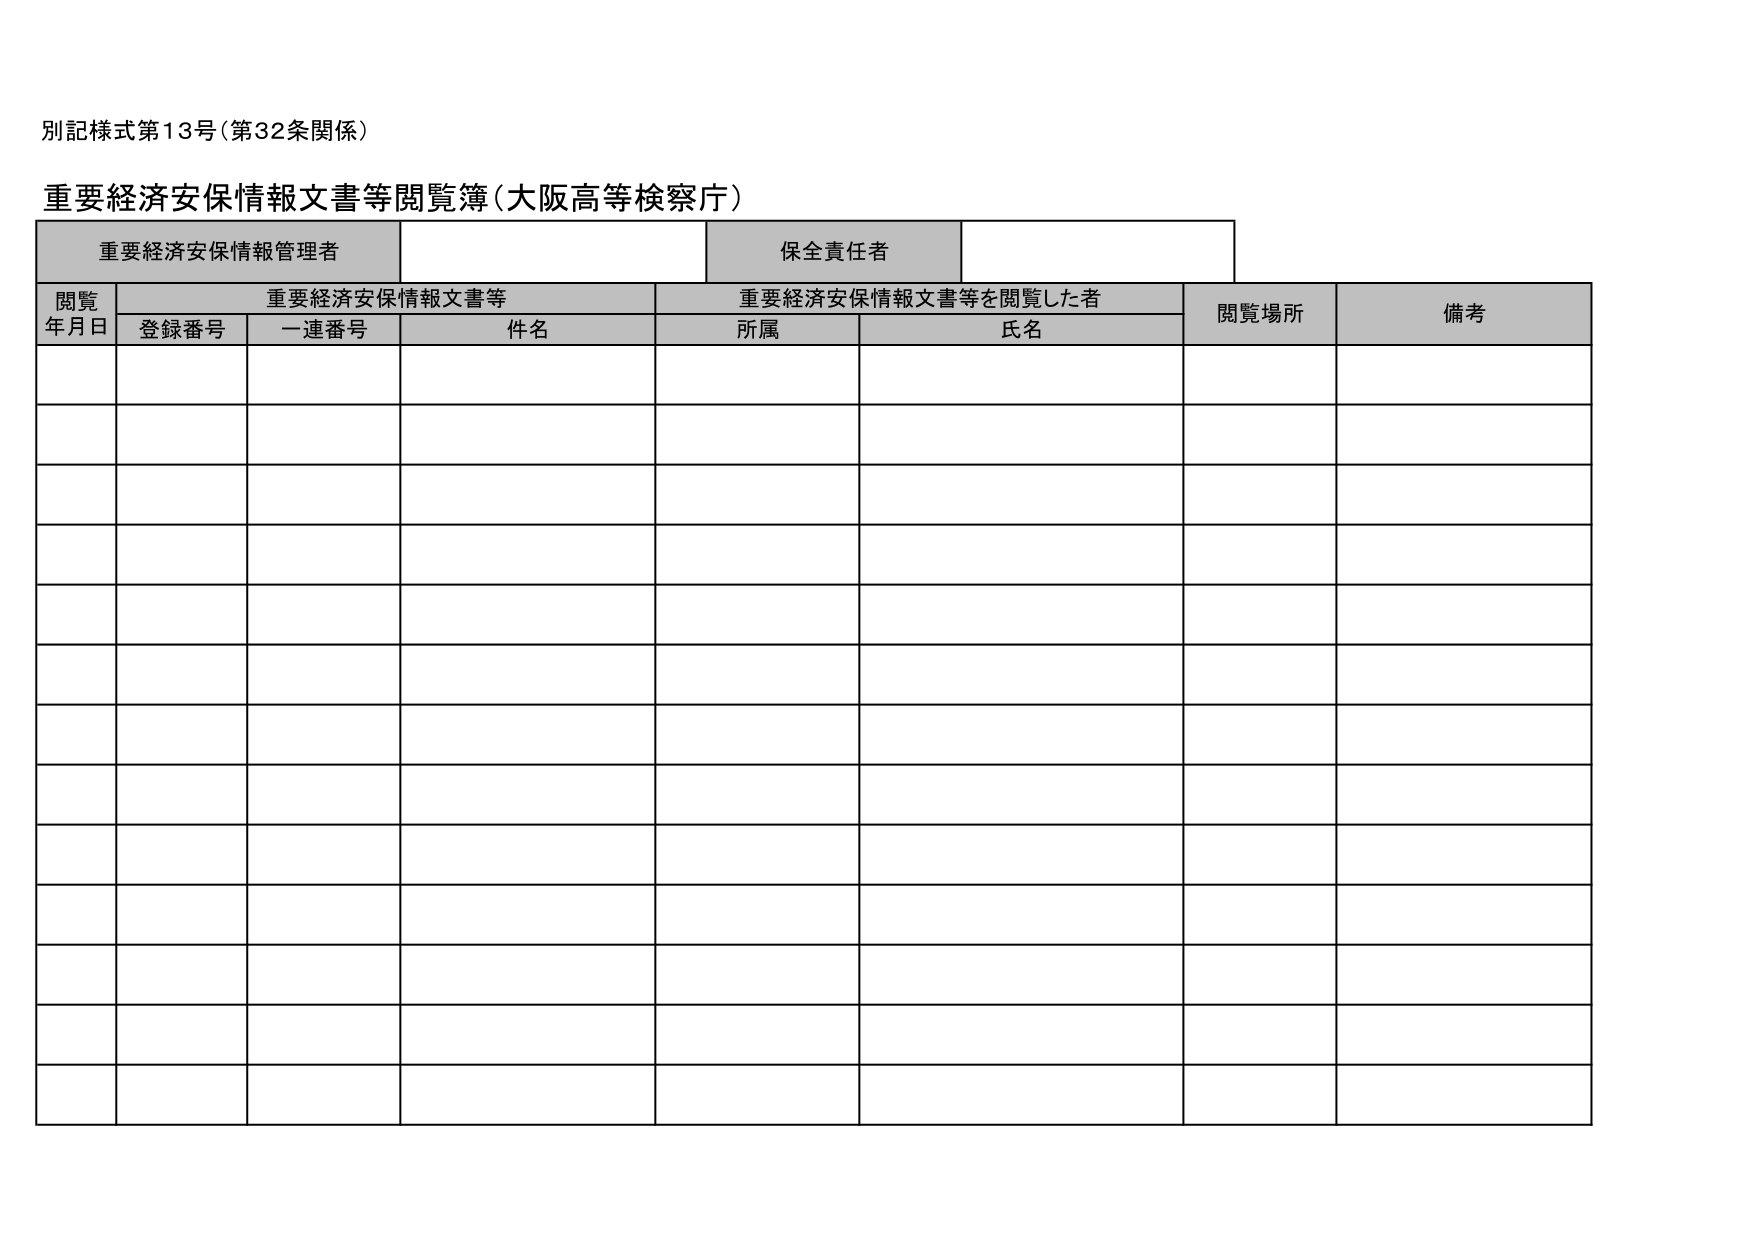
別記様式第13号（第32条関係）

重要経済安保情報文書等閲覧簿（大阪高等検察庁）

重要経済安保情報管理者　　　　　　　　　　　　　　　保全責任者

閲覧